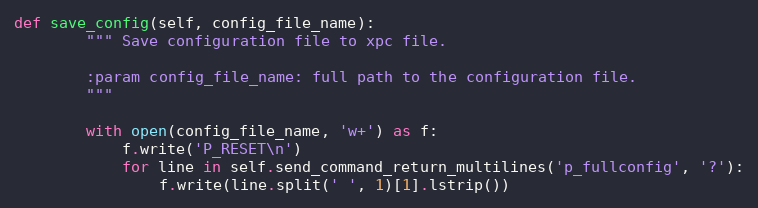
Language: Python
def save_config(self, config_file_name):
        """ Save configuration file to xpc file.

        :param config_file_name: full path to the configuration file.
        """

        with open(config_file_name, 'w+') as f:
            f.write('P_RESET\n')
            for line in self.send_command_return_multilines('p_fullconfig', '?'):
                f.write(line.split(' ', 1)[1].lstrip())